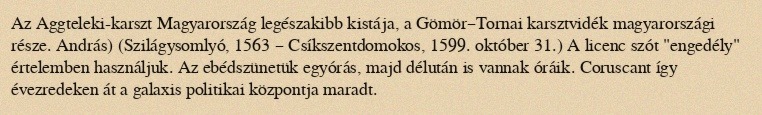
Az Aggteleki-karszt Magyarország legészakibb kistája, a Gömör–Tornai karsztvidék magyarországi része. András) (Szilágysomlyó, 1563 – Csíkszentdomokos, 1599. október 31.) A licenc szót "engedély" értelemben használjuk. Az ebédszünetük egyórás, majd délután is vannak óráik. Coruscant így évezredeken át a galaxis politikai központja maradt.